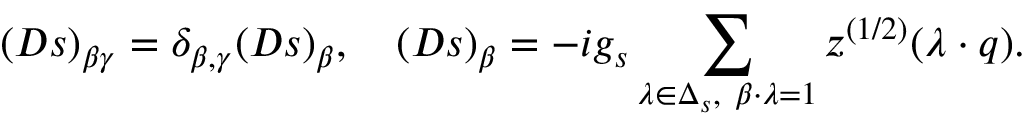
( D s ) _ { \beta \gamma } = \delta _ { \beta , \gamma } ( D s ) _ { \beta } , \quad ( D s ) _ { \beta } = - i g _ { s } \sum _ { \lambda \in \Delta _ { s } , \ \beta \cdot \lambda = 1 } z ^ { ( 1 / 2 ) } ( \lambda \cdot q ) .